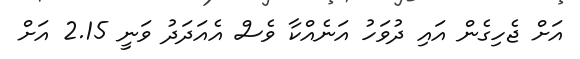
އަށް ޖެހިގެން އައި ދުވަހު އަނެއްކާ ވެސް އެއަދަދު ވަނީ 2.15 އަށް